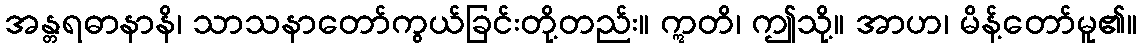
အန္တရဓာနာနိ၊ သာသနာတော်ကွယ်ခြင်းတို့တည်း။ ဣတိ၊ ဤသို့။ အာဟ၊ မိန့်တော်မူ၏။